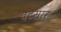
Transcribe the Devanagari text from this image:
चटसार